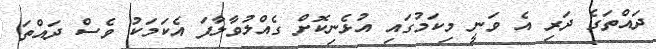
ދައްތަގެ ދަރި އެ ވަނީ މިކަމުގައި އުޅެނިކޮށް ގެއްލުވާލާފަ އެކަމަކު ވެސް ދައްތަ